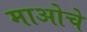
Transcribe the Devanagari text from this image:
माओचे